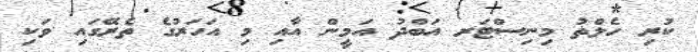
ކުރި ހެލްތު މިނިސްޓަރ އަބްދު އަމީން އާއި މި އަހަރުގެ ތެރޭގައި ވަކި